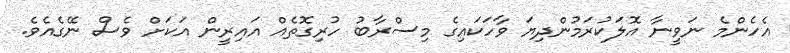
އެހެންމެ ނަވީނާ އޮލަކުރަމުންދިޔަ ވާހަކައިގެ މިސްރާބު ހުރިގޮތެއް އައިރީން އަކަށް ވެސް ނޭގެއެވެ.